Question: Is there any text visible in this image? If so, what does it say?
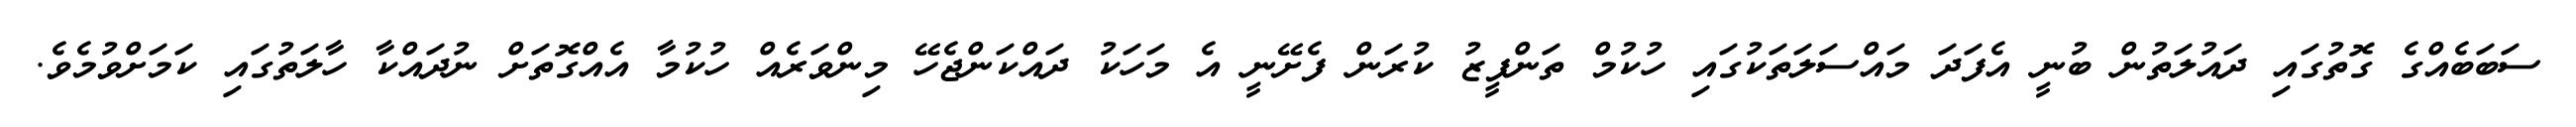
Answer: ސަބަބެއްގެ ގޮތުގައި ދައުލަތުން ބުނީ އެފަދަ މައްސަލަތަކުގައި ހުކުމް ތަންފީޒު ކުރަން ފެށޭނީ އެ މަހަކު ދައްކަންޖެހޭ މިންވަރެއް ހުކުމާ އެއްގޮތަށް ނުދައްކާ ހާލަތުގައި ކަމަށްވުމެވެ.